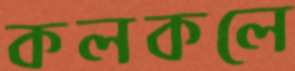
কলকলে